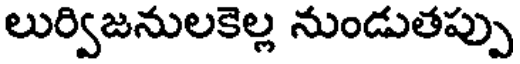
లుర్విజనులకెల్ల నుండుతప్పు